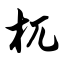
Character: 杌